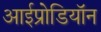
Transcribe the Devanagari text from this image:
आईप्रोडियॉन